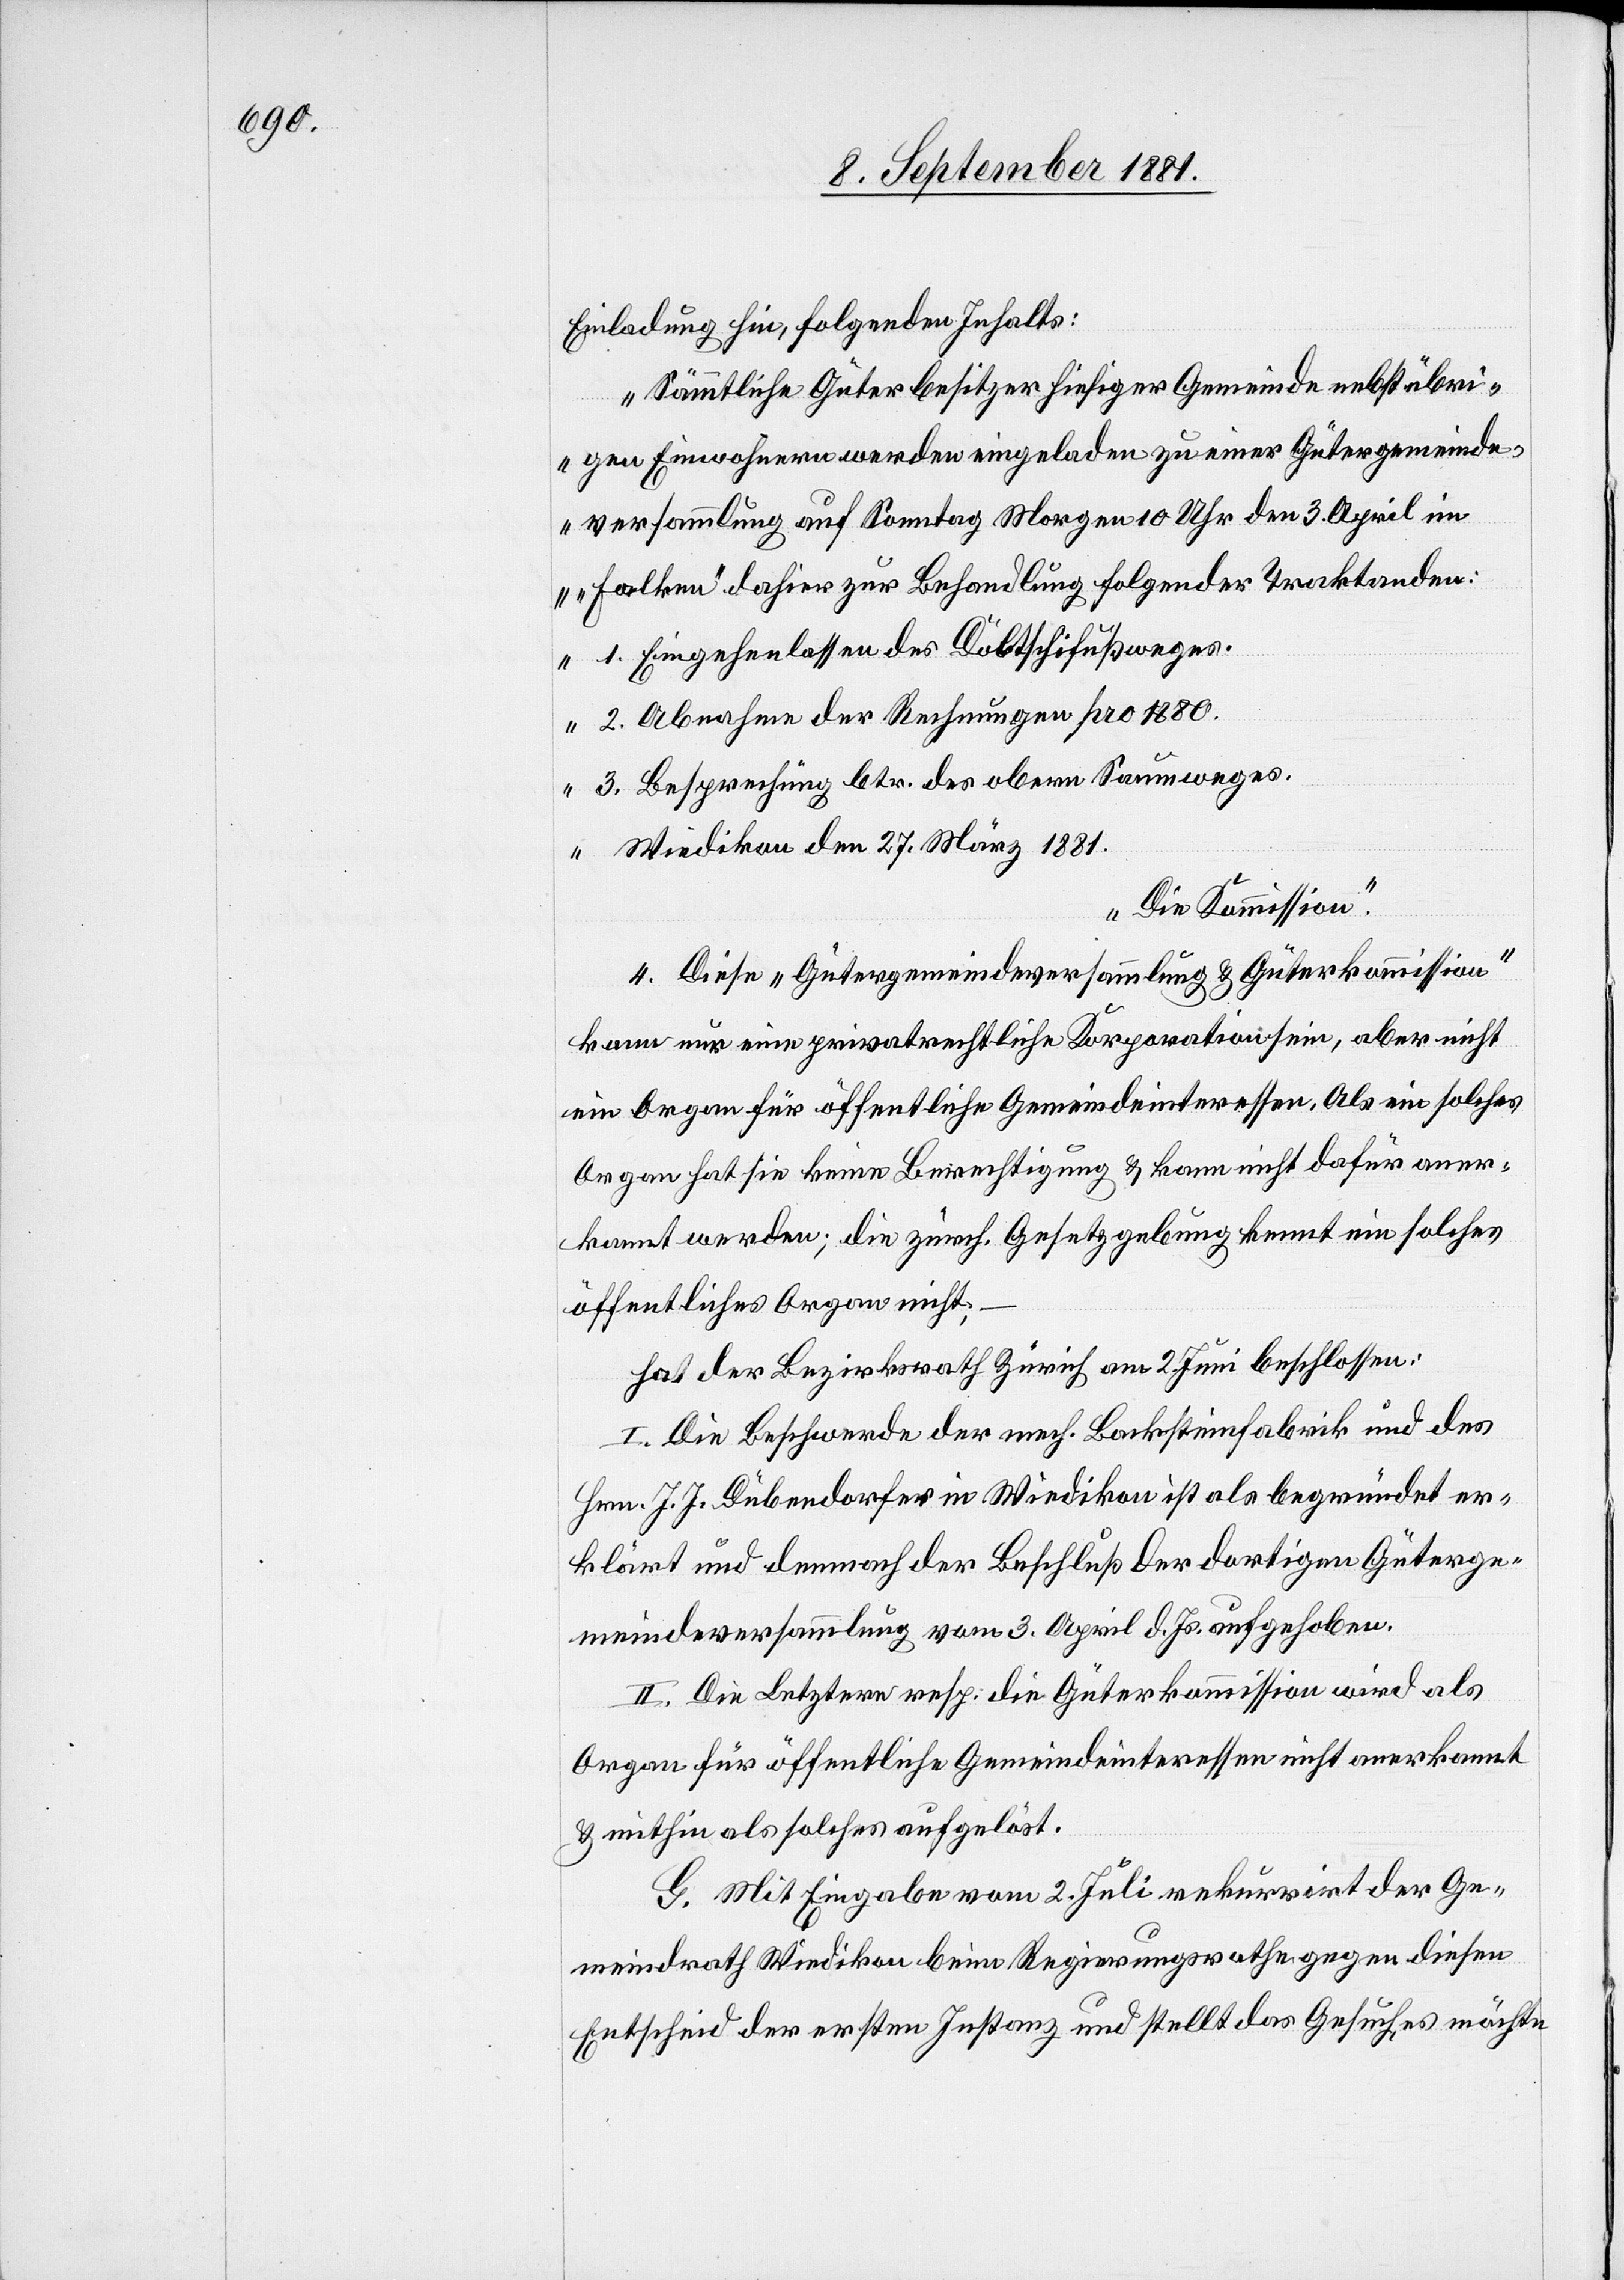
Einladung hin, folgenden Inhalts:
„Sämmtliche Güterbesitzer hiesiger Gemeinde nebst übri¬
gen Einwohnern werden eingeladen zu einer Gütergemeinde¬
versammlung auf Sonntag Morgen 10 Uhr den 3. April im
„Falken“ dahier zur Behandlung folgender Traktanden:
1. Eingehenlassen des Döltschifußweges.
2. Abnahme der Rechnungen pro 1880.
3. Besprechung btr. des obern Saumweges.
Wiedikon den 27. März 1881.
Die Kommission“.
4. Diese „Gütergemeindeversammlung & Güterkommission¬
kann nur eine privatrechtliche Korporation sein, aber nicht
ein Organ für öffentliche Gemeindeinteressen. Als ein solches
Organ hat sie keine Berechtigung & kann nicht dafür aner¬
kannt werden; die zürch. Gesetzgebung kennt ein solches
öffentliches Organ nicht;
hat der Bezirksrath Zürich am 2. Juni beschlossen:
I. Die Beschwerde der mech. Backsteinfabrik und des
Hrn. J.J. Dübendorfer in Wiedikon ist als begründet er¬
klärt und demnach der Beschluß der dortigen Güterge¬
meindeversammlung vom 3. April d. Js. aufgehoben.
II. Die Letztern resp. die Güterkommission wird als
Organ für öffentliche Gemeindeinteressen nicht anerkannt
& mithin als solches aufgelöst.
G. Mit Eingabe vom 2. Juli rekurrirt der Ge¬
meindrath Wiedikon beim Regierungsrathe gegen diesen
Entscheid der ersten Instanz und stellt das Gesuch es möchte